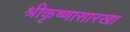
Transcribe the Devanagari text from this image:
श्रीकृष्णासारखा